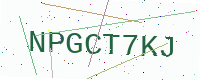
Text: NPGCT7KJ